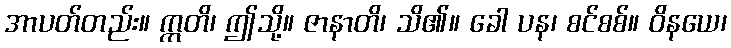
အာပတ်တည်း။ ဣတိ၊ ဤသို့။ ဇာနာတိ၊ သိ၏။ ခေါ ပန၊ စင်စစ်။ ဝိနယေ၊